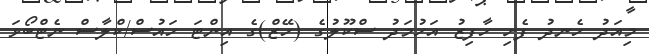
މިއަދު ހެނދު ފެށި ހާފިޒު އަހުމަދު ސްކޫލުގެ (ހޭޒް)ގެ އިންޓަ ހައުސް/ކްލާސް ނެޓްބޯޅަ